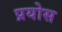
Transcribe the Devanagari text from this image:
प्रयोस